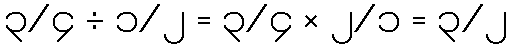
၃/၄ ÷ ၁/၂ = ၃/၄ × ၂/၁ = ၃/၂